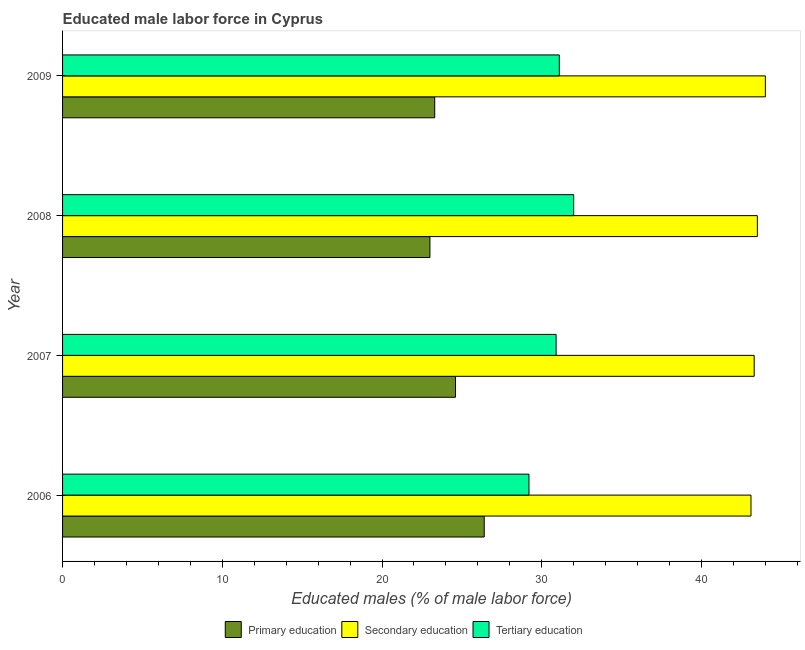
| Year | Primary education | Secondary education | Tertiary education |
 | --- | --- | --- | --- |
 | 2006 | 26.4 | 43.1 | 29.2 |
 | 2007 | 24.6 | 43.3 | 30.9 |
 | 2008 | 23 | 43.5 | 32 |
 | 2009 | 23.3 | 44 | 31.1 |